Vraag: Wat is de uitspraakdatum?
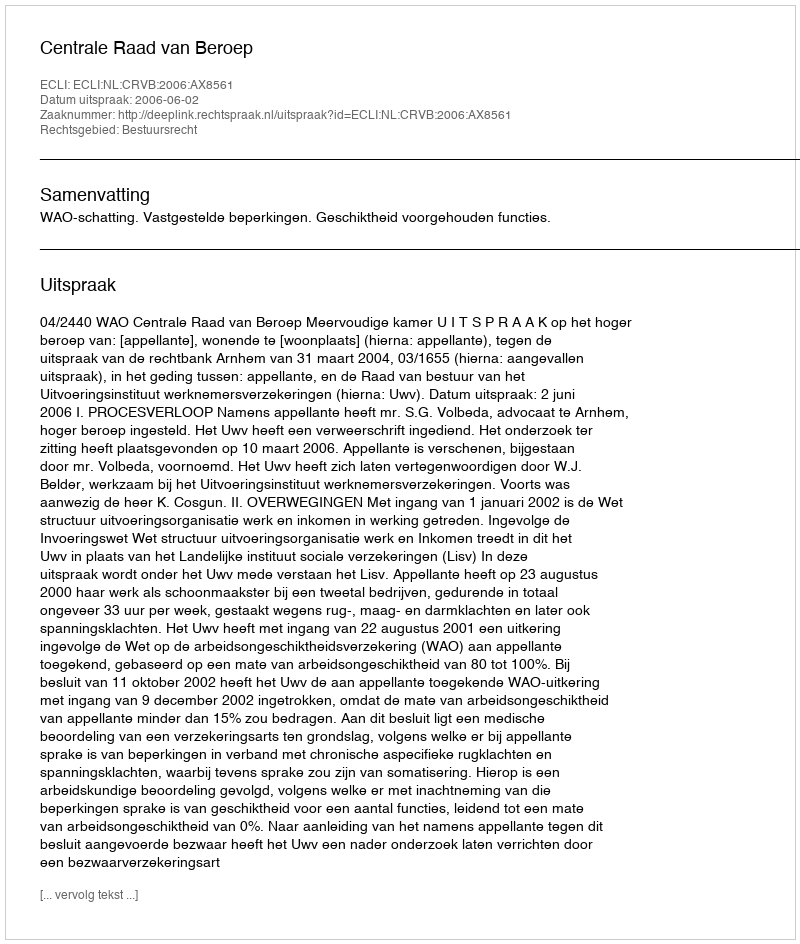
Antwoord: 2006-06-02